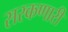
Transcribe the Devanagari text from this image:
सरकणारी